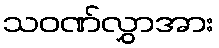
သဝဏ်လွှာအား